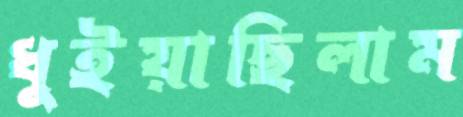
ধুইয়াছিলাম